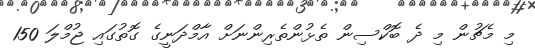
މި މެޗުން މި ދެ ބޮކްސިން ތެޅުންތެރިންނަށް އާމްދަނީގެ ގޮތުގައި ޖުމްލަ 150